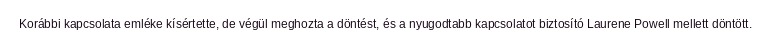
Korábbi kapcsolata emléke kísértette, de végül meghozta a döntést, és a nyugodtabb kapcsolatot biztosító Laurene Powell mellett döntött.